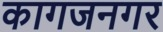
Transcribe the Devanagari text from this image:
कागजनगर